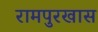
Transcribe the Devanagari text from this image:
रामपुरखास